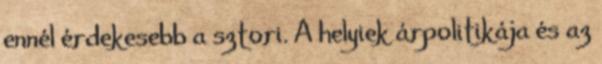
ennél érdekesebb a sztori. A helyiek árpolitikája és az